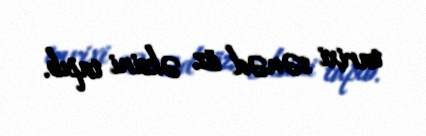
tarixi sənəd öz əksini tapıb.